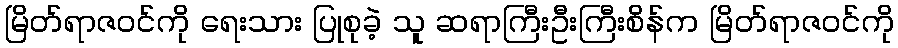
မြိတ်ရာဇဝင်ကို ရေးသား ပြုစုခဲ့ သူ ဆရာကြီးဦးကြီးစိန်က မြိတ်ရာဇဝင်ကို